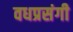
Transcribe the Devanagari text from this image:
वधप्रसंगी